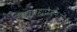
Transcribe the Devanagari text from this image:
लद्युपद्यप्रबन्धत्रयी